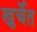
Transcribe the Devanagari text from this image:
खुर्चेत